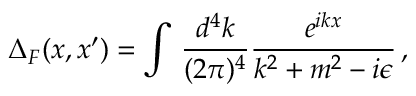
\Delta _ { F } ( x , x ^ { \prime } ) = \int \, { \frac { d ^ { 4 } k } { ( 2 \pi ) ^ { 4 } } } { \frac { e ^ { i k x } } { k ^ { 2 } + m ^ { 2 } - i \epsilon } } \, ,